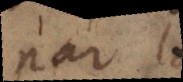
par le